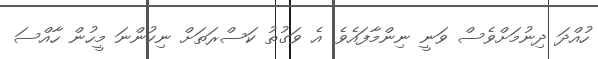
ހުއްދަ ދިނުމަށްވެސް ވަނީ ނިންމާފައެވެ. އެ ވަގުތު ކަސްރަތަށް ނިކުންނަ މީހުން ހާއްސަ